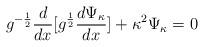
LaTeX: \begin{align*}g^{-\frac{1}{2}} \frac{d}{dx}[g^{\frac{1}{2}} \frac{d \Psi_{\kappa} }{dx} ]+\kappa^2 \Psi_{\kappa} =0\end{align*}